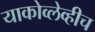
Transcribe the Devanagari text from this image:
याकोव्लेव्हीच